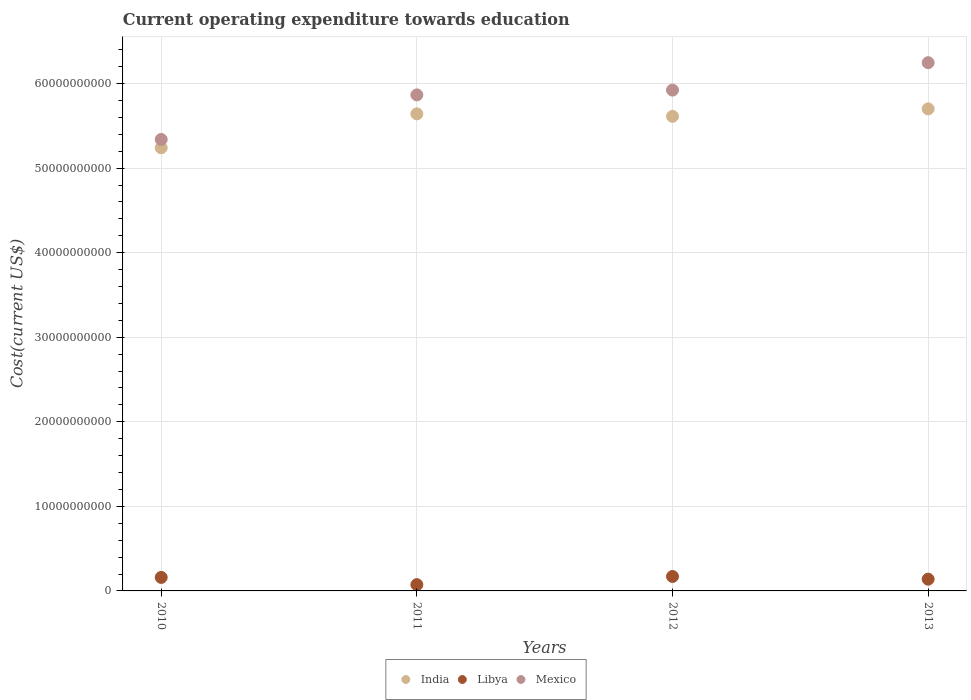
| Years | India | Libya | Mexico |
 | --- | --- | --- | --- |
 | 2010 | 5.24e+10 | 1.6e+09 | 5.34e+10 |
 | 2011 | 5.64e+10 | 7.43e+08 | 5.87e+10 |
 | 2012 | 5.61e+10 | 1.71e+09 | 5.92e+10 |
 | 2013 | 5.7e+10 | 1.39e+09 | 6.25e+10 |